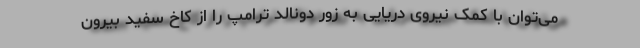
می‌توان با کمک نیروی دریایی به زور دونالد ترامپ را از کاخ سفید بیرون